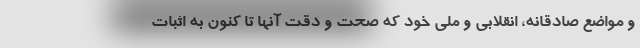
و مواضع صادقانه، انقلابی و ملی خود که صحت و دقت آنها تا کنون به اثبات